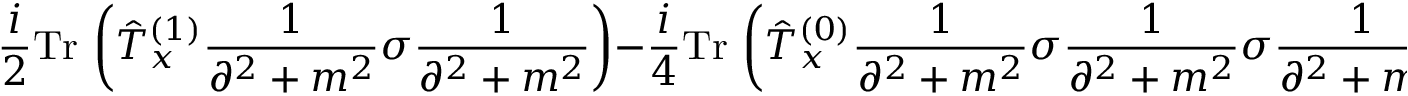
\frac { i } { 2 } \mathrm { T r } \, \left( \hat { T } _ { x } ^ { ( 1 ) } \frac { 1 } { \partial ^ { 2 } + m ^ { 2 } } \sigma \frac { 1 } { \partial ^ { 2 } + m ^ { 2 } } \right) - \frac { i } { 4 } \mathrm { T r } \, \left( \hat { T } _ { x } ^ { ( 0 ) } \frac { 1 } { \partial ^ { 2 } + m ^ { 2 } } \sigma \frac { 1 } { \partial ^ { 2 } + m ^ { 2 } } \sigma \frac { 1 } { \partial ^ { 2 } + m ^ { 2 } } \right) \, .